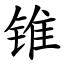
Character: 锥